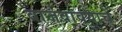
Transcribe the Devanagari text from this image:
वाजवावयाचे